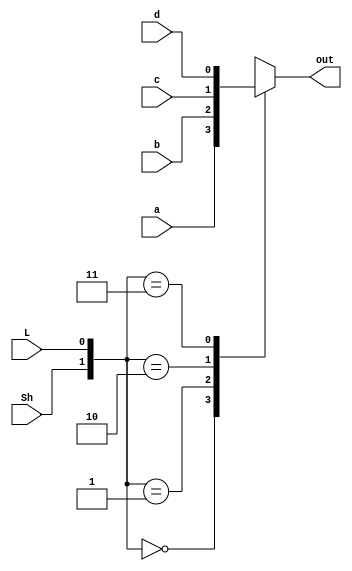
module mux4 (
    input wire a, b, c, d,
    input Sh, L,
    output reg out
);

    always @* begin
        case ({Sh, L})
            2'b00: out = a;
            2'b01: out = b;
            2'b10: out = c;
            2'b11: out = d;
        endcase
    end

endmodule